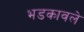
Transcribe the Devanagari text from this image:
भडकावले